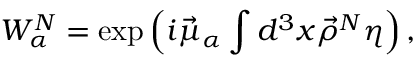
W _ { \alpha } ^ { \cal N } = \exp \left( i \vec { \mu } _ { \alpha } \int d ^ { 3 } x \vec { \rho } ^ { \cal N } \eta \right) ,